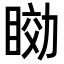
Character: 𥇟